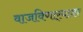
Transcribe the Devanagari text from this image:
वाजविणार्‍यावर